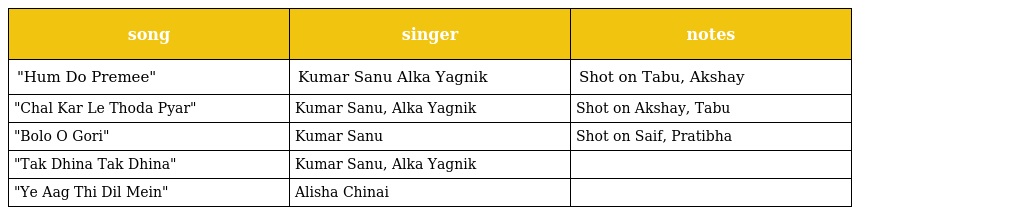
| song | singer | notes |
 | --- | --- | --- |
 | "Hum Do Premee" | Kumar Sanu Alka Yagnik | Shot on Tabu, Akshay |
 | "Chal Kar Le Thoda Pyar" | Kumar Sanu, Alka Yagnik | Shot on Akshay, Tabu |
 | "Bolo O Gori" | Kumar Sanu | Shot on Saif, Pratibha |
 | "Tak Dhina Tak Dhina" | Kumar Sanu, Alka Yagnik |  |
 | "Ye Aag Thi Dil Mein" | Alisha Chinai |  |